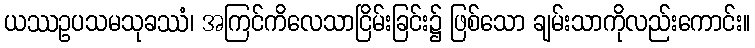
ယဿဥပသမသုခဿံ၊ အကြင်ကိလေသာငြိမ်းခြင်း၌ ဖြစ်သော ချမ်းသာကိုလည်းကောင်း။